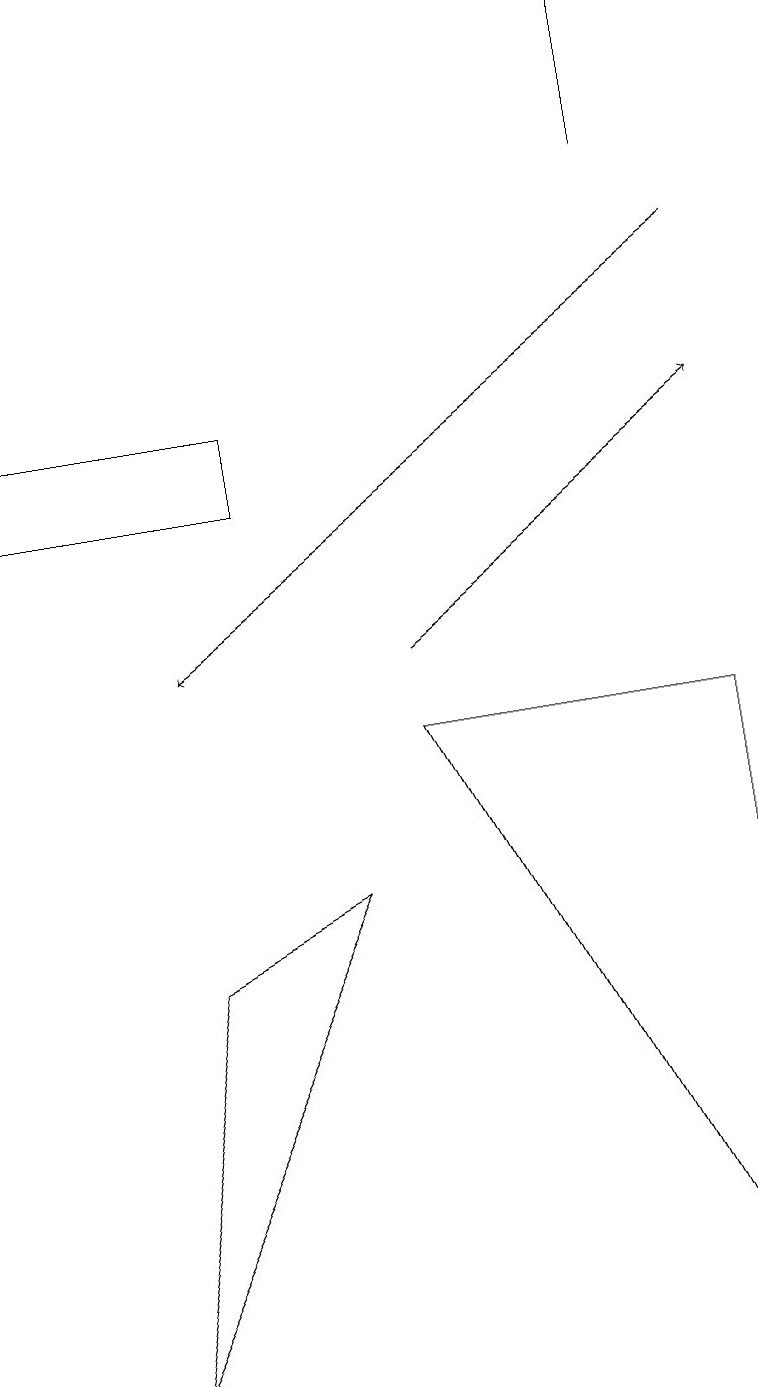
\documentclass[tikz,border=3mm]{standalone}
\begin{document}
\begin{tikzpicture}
\draw (2,6) -- (1,1) -- (4,7) -- cycle;
\draw (8,16) rectangle (8,18);
\draw[->] (5,10) -- (9,13);
\draw (9,9) -- (5,9) -- (9,1) -- cycle;
\draw (3,12) rectangle (0,13);
\draw[->] (9,15) -- (2,10);
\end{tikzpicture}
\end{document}